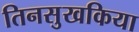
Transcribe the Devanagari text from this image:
तिनसुखकिया